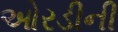
ઓરડીની